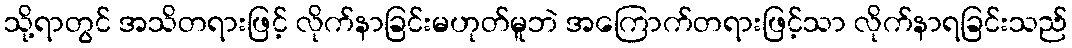
သို့ရာတွင် အသိတရားဖြင့် လိုက်နာခြင်းမဟုတ်မူဘဲ အကြောက်တရားဖြင့်သာ လိုက်နာရခြင်းသည်